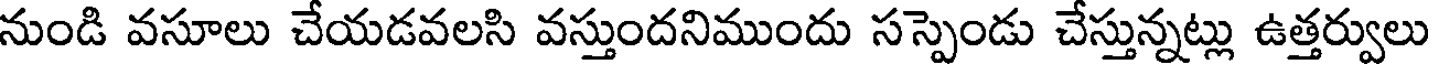
నుండి వసూలు చేయడవలసి వస్తుందనిముందు సస్పెండు చేస్తున్నట్లు ఉత్తర్వులు